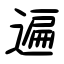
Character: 遍